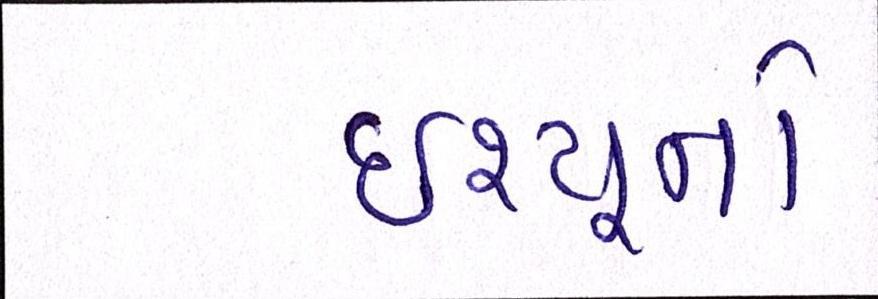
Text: ઇશ્યૂનો